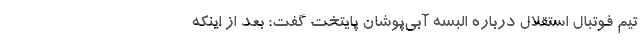
تیم فوتبال استقلال درباره البسه آبی‌پوشان پایتخت گفت: بعد از اینکه